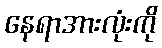
နေရာအားလုံးကို